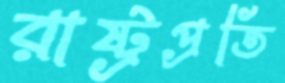
রাষ্ট্রপ্রতি